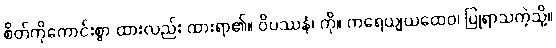
စိတ်ကိုကောင်းစွာ ထားလည်း ထားရာ၏။ ဝိပဿနံ၊ ကို။ ကရေယျယထေဝ၊ ပြုရာသကဲ့သို့။